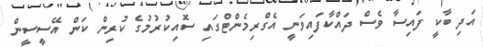
އަދި ބާކީ ފައިސާ ވެސް ދައްކާފައިވަނީ އެގްރިމެންޓްގައި ސޮއިކުރުމުގެ ކުރިން ކަން އޭސީސީން